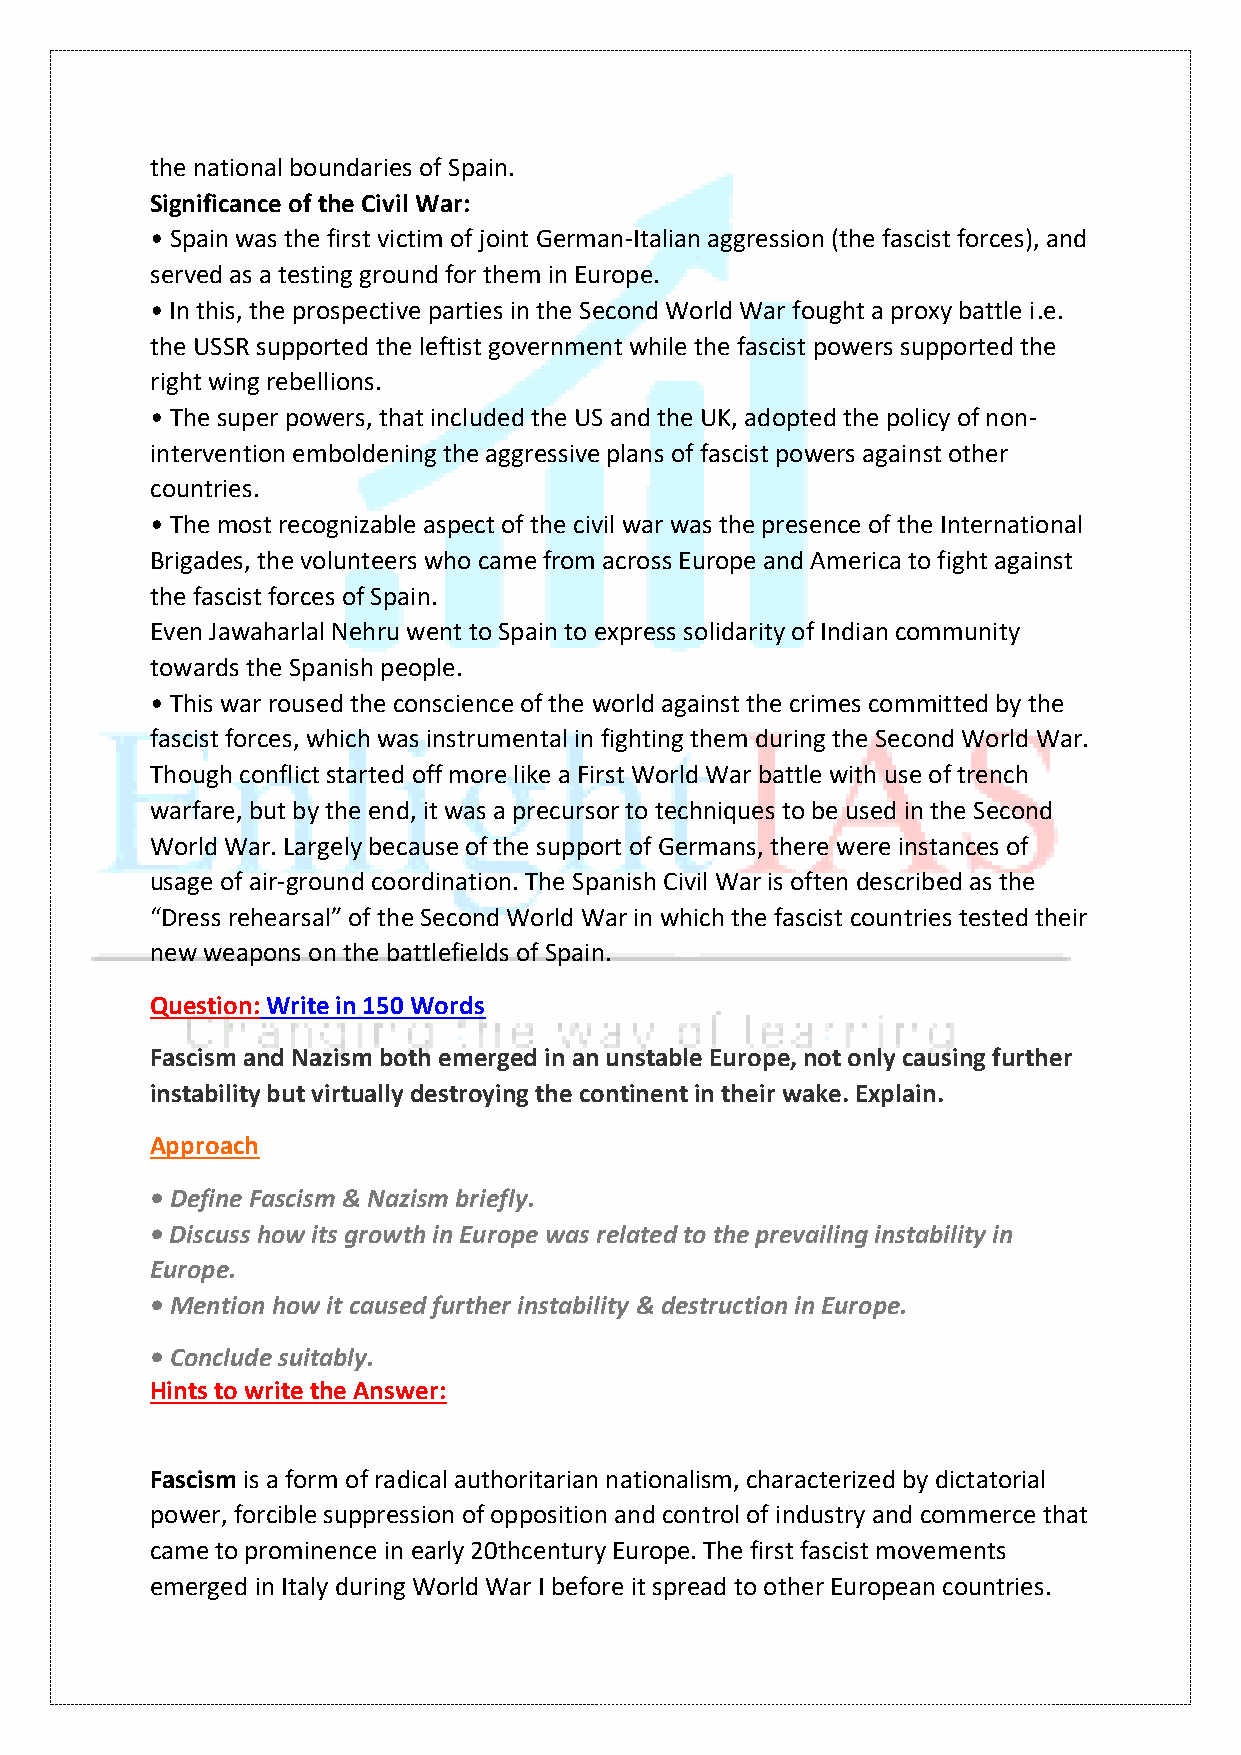
the national boundaries of Spain.
 Significance of the Civil War:
 • Spain was the first victim of joint German-Italian aggression (the fascist forces), and
 served as a testing ground for them in Europe.
 • In this, the prospective parties in the Second World War fought a proxy battle i.e.
 the USSR supported the leftist government while the fascist powers supported the
 right wing rebellions.
 • The super powers, that included the US and the UK, adopted the policy of non-
 intervention emboldening the aggressive plans of fascist powers against other
 countries.
 • The most recognizable aspect of the civil war was the presence of the International
 Brigades, the volunteers who came from across Europe and America to fight against
 the fascist forces of Spain.
 Even Jawaharlal Nehru went to Spain to express solidarity of Indian community
 towards the Spanish people.
 • This war roused the conscience of the world against the crimes committed by the
 fascist forces, which was instrumental in fighting them during the Second World War.
 Though conflict started off more like a First World War battle with use of trench
 warfare, but by the end, it was a precursor to techniques to be used in the Second
 World War. Largely because of the support of Germans, there were instances of
 usage of air-ground coordination. The Spanish Civil War is often described as the
 “Dress rehearsal” of the Second World War in which the fascist countries tested their
 new weapons on the battlefields of Spain.
 Question: Write in 150 Words
 Fascism and Nazism both emerged in an unstable Europe, not only causing further
 instability but virtually destroying the continent in their wake. Explain.
 Approach
 • Define Fascism & Nazism briefly.
 • Discuss how its growth in Europe was related to the prevailing instability in
 Europe.
 • Mention how it caused further instability & destruction in Europe.
 • Conclude suitably.
 Hints to write the Answer:
 Fascism is a form of radical authoritarian nationalism, characterized by dictatorial
 power, forcible suppression of opposition and control of industry and commerce that
 came to prominence in early 20thcentury Europe. The first fascist movements
 emerged in Italy during World War I before it spread to other European countries.